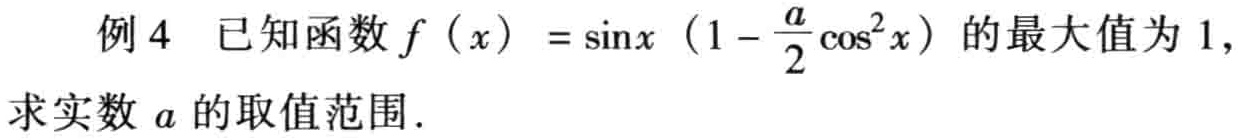
例4 已知函数\(f(x)=\sin x\left(1 - \frac{a}{2}\cos^{2}x\right)\)的最大值为\(1\)，求实数\(a\)的取值范围.